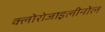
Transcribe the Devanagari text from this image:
क्लोरोजाइलीनोल